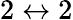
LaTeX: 2\leftrightarrow 2